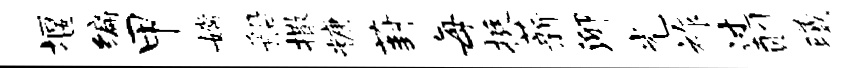
堰编甲嫦船撒糖葑每挺薪泖光祚过则曦